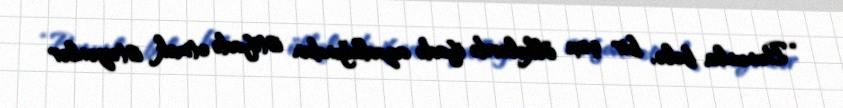
“Bununla belə, bir çox ölkələrdə ifadə azadlığından istifadə etmək istəyənlər